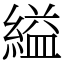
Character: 縊